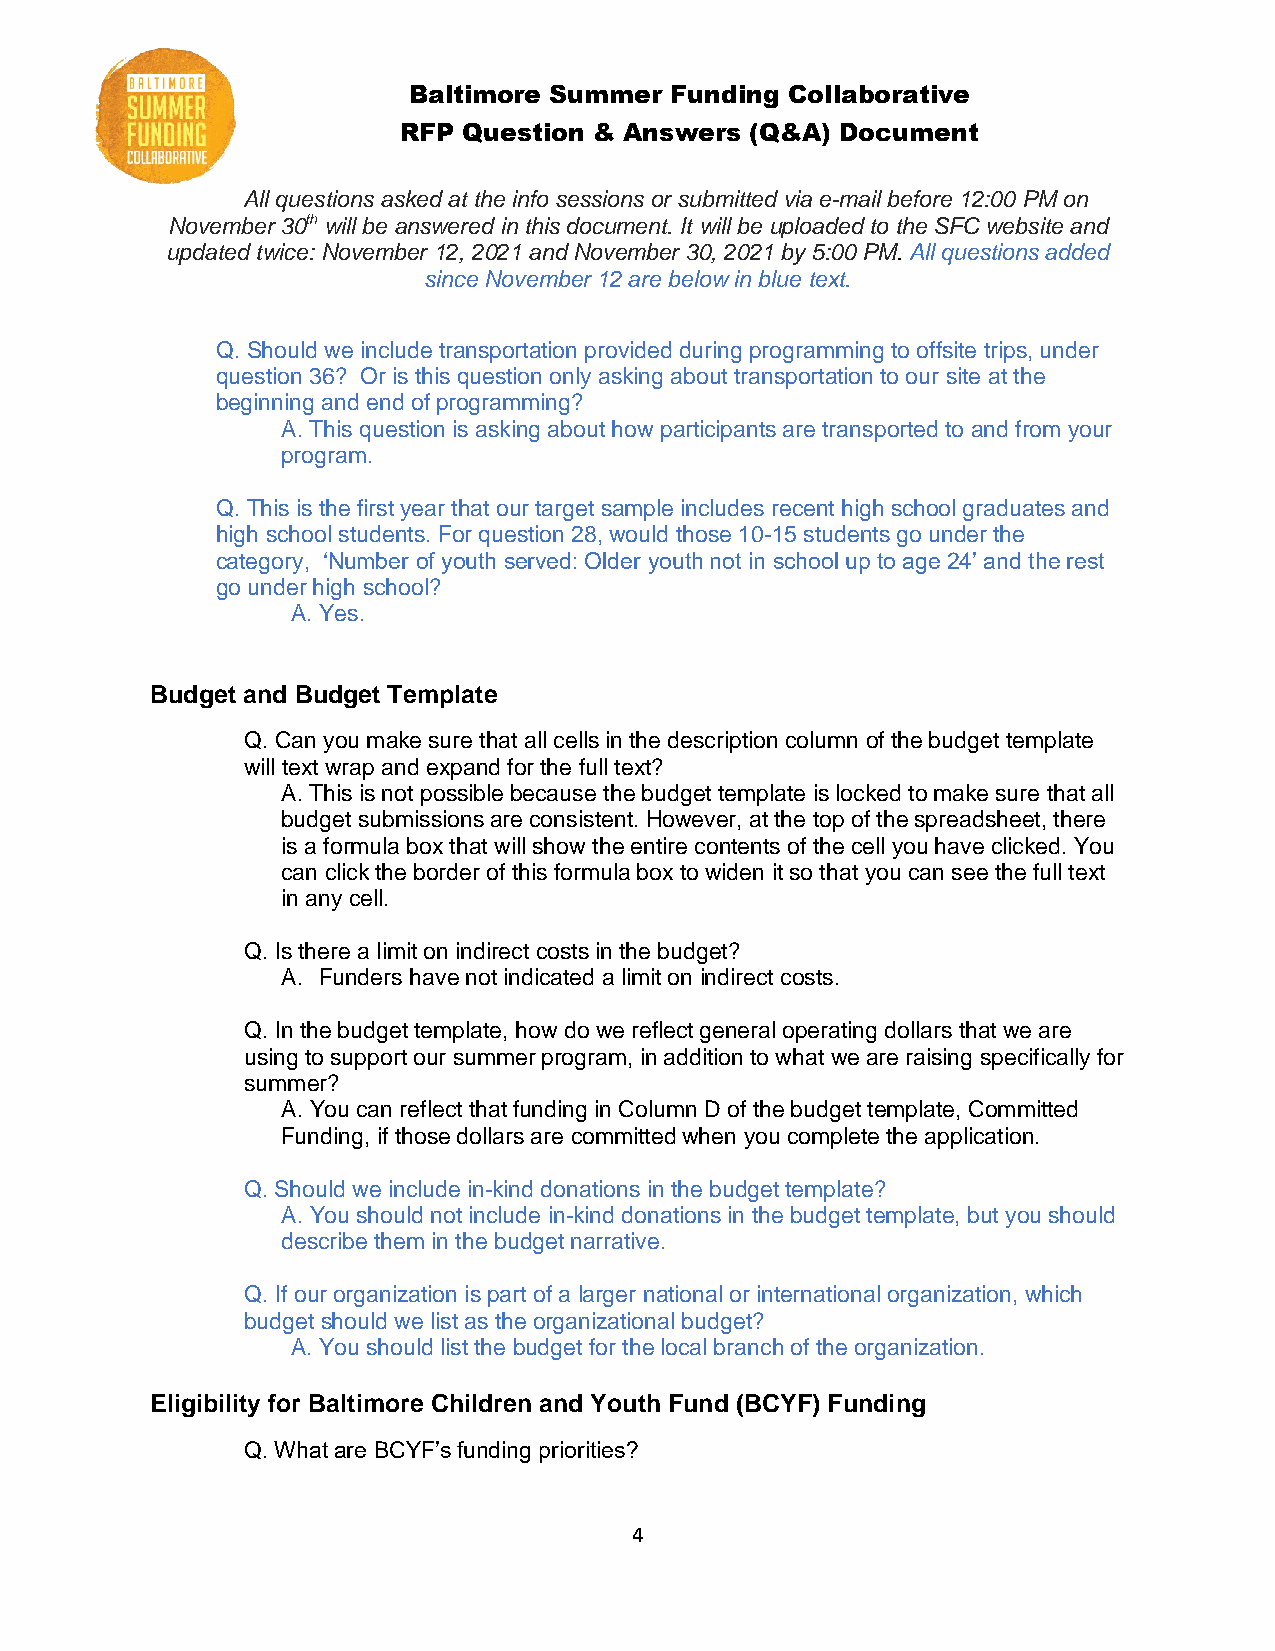
Baltimore Summer Funding Collaborative
 RFP  Question & Answers (Q&A) Document
 All questions asked at the info sessions or submitted via e-mail before 12:00 PM on
 November 30th will be answered in this document. It will be uploaded to the SFC website and
 updated twice: November 12, 2021 and November 30, 2021 by 5:00 PM. All questions added
 since November 12 are below in blue text.
 Q. Should we include transportation provided during programming to offsite trips, under
 question 36? Or is this question only asking about transportation to our site at the
 beginning and end of programming?
 A. This question is asking about how participants are transported to and from your
 program.
 Q. This is the first year that our target sample includes recent high school graduates and
 high school students. For question 28, would those 10-15 students go under the
 category, ‘Number of youth served: Older youth not in school up to age 24’ and the rest
 go under high school?
 A. Yes.
 Budget and Budget Template
 Q. Can you make sure that all cells in the description column of the budget template
 will text wrap and expand for the full text?
 A. This is not possible because the budget template is locked to make sure that all
 budget submissions are consistent. However, at the top of the spreadsheet, there
 is a formula box that will show the entire contents of the cell you have clicked. You
 can click the border of this formula box to widen it so that you can see the full text
 in any cell.
 Q. Is there a limit on indirect costs in the budget?
 A. Funders have not indicated a limit on indirect costs.
 Q. In the budget template, how do we reflect general operating dollars that we are
 using to support our summer program, in addition to what we are raising specifically for
 summer?
 A. You can reflect that funding in Column D of the budget template, Committed
 Funding, if those dollars are committed when you complete the application.
 Q. Should we include in-kind donations in the budget template?
 A. You should not include in-kind donations in the budget template, but you should
 describe them in the budget narrative.
 Q. If our organization is part of a larger national or international organization, which
 budget should we list as the organizational budget?
 A. You should list the budget for the local branch of the organization.
 Eligibility for Baltimore Children and Youth Fund (BCYF) Funding
 Q. What are BCYF’s funding priorities?
 4